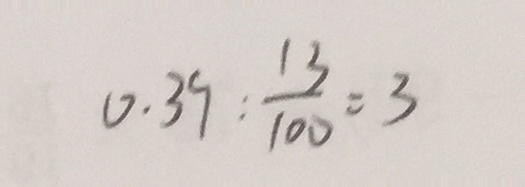
0 . 3 9 : \frac { 1 3 } { 1 0 0 } = 3